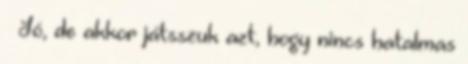
– Jó, de akkor játsszuk azt, hogy nincs hatalmas